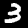
Digit: 3